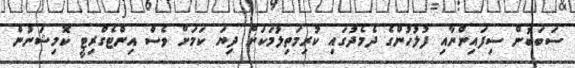
ސަބަބުން ސިފައިންނާއި ފުލުހުންގެ ދެމެދުގައި ކުރިމަތިލުމަކަށް ދިޔަ ކަމަށް ވެސް އިންޓެގްރިޓީ ކޮމިޝަނުން